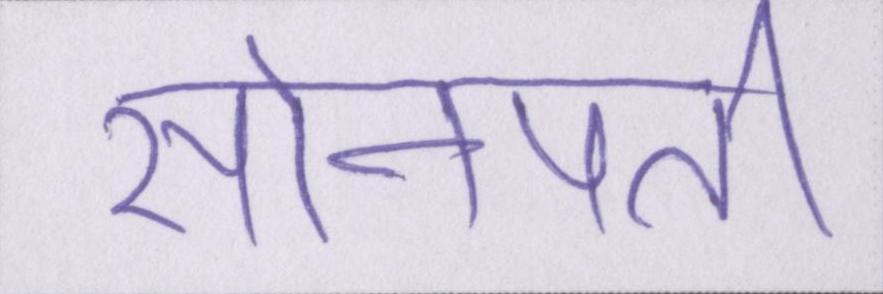
सोनपती